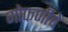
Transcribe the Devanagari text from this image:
गोफणीचे